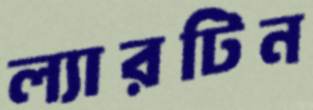
ল্যারটিন